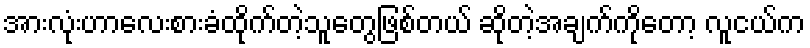
အားလုံးဟာလေးစားခံထိုက်တဲ့သူတွေဖြစ်တယ် ဆိုတဲ့အချက်ကိုတော့ လူငယ်က